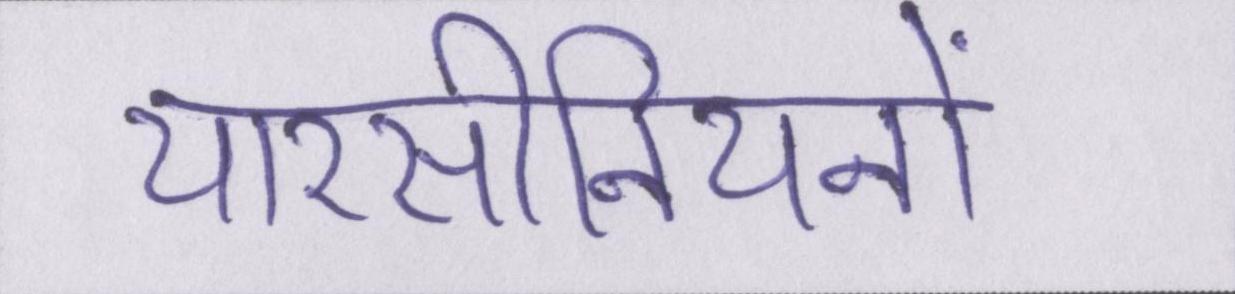
यारसीनियनों